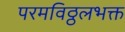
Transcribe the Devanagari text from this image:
परमविठ्ठलभक्त